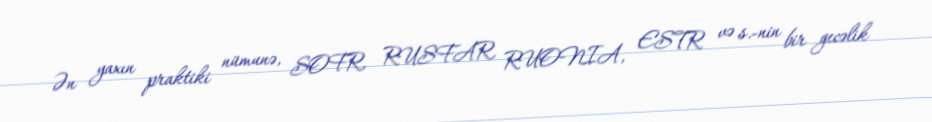
Ən yaxın praktiki nümunə, SOFR, RUSFAR, RUONIA, ESTR və s.-nin bir gecəlik